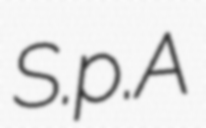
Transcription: S.p.A